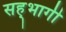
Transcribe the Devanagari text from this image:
सह्भागी